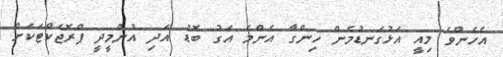
އެހެންވެ މިއީ އަޅުގަނޑުމެން ހިންގާ އެންމެ އަގު ބޮޑު އަދި އުންމީދީ ޕްރޮޖެކްޓަކަށް